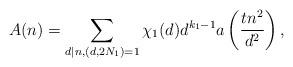
LaTeX: \begin{align*}A(n) = \sum_{d|n, (d,2N_1)=1} \chi_{1}(d)d^{k_1-1} a\left( \frac{tn^2}{d^2}\right), \end{align*}